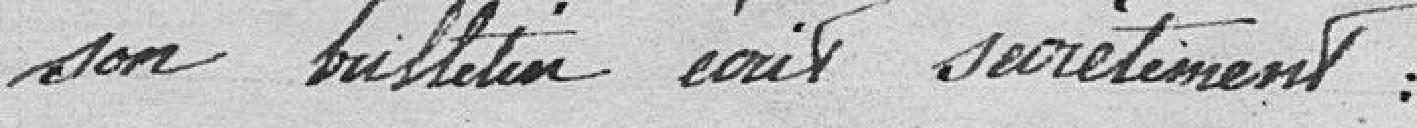
son bulletin écrit secrètement.